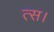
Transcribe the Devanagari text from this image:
त्स।